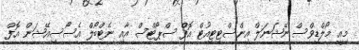
މިއީ މޯލްޑިވްސް ނޭޝަނަލް އިންސްޓިޓިއުޓް އޮފް ސްޕޯޓްސް އާއި ނެޓްބޯލް އެސޯސިއޭޝަން އޮފް